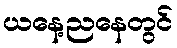
ယနေ့ညနေတွင်